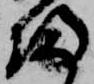
帰